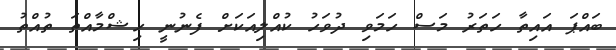
ބައްޕަ އައިތާ ހަތަރު މަސް ހަމަވި ދުވަހު ކުއްލިއަކަށް ފެނުނީ ހިޝްމާއްތަ ތުއްތު